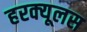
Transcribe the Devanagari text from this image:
हरक्‍यूलस